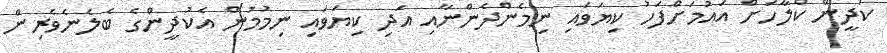
ކުދީން ކްލާހަށް އައުމަށްފަހު ކިޔަވައި ނިމެންދެންނާއި އަދި ކިޔަވައި ނިމުމުން އެކުދީންގެ ބެލެނެވެރިން